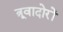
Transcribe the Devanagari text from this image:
त्रूवादोरों